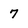
Character: 7